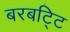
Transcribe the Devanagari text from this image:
बरबट्टि